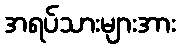
အရပ်သားများအား